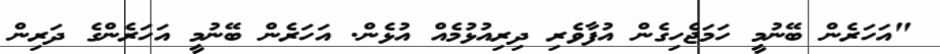
"އަހަރެން ބޭނުމީ ހަމަޖެހިގެން އުފާވެރި ދިރިއުޅުމެއް އުޅެން. އަހަރެން ބޭނުމީ އަހަރެންގެ ދަރިން